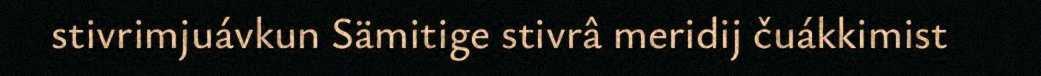
stivrimjuávkun Sämitige stivrâ meridij čuákkimist